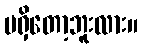
မရှိတော့ဘူးလား။